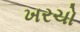
ખરચો